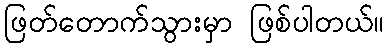
ဖြတ်တောက်သွားမှာ ဖြစ်ပါတယ်။